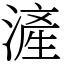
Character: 滻